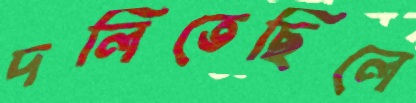
দলিতেছিলে